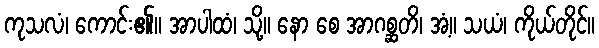
ကုသလံ၊ ကောင်း၏။ အာပါထံ၊ သို့။ နော စေ အာဂစ္ဆတိ၊ အံ့။ သယံ၊ ကိုယ်တိုင်။